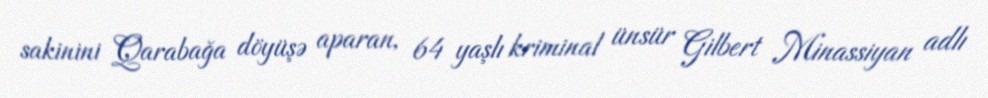
sakinini Qarabağa döyüşə aparan, 64 yaşlı kriminal ünsür Gilbert Minassiyan adlı